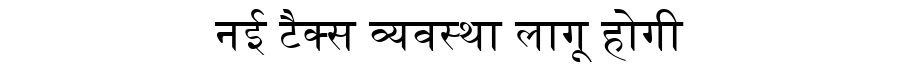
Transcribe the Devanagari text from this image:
नई टैक्स व्यवस्था लागू होगी